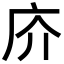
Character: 庎